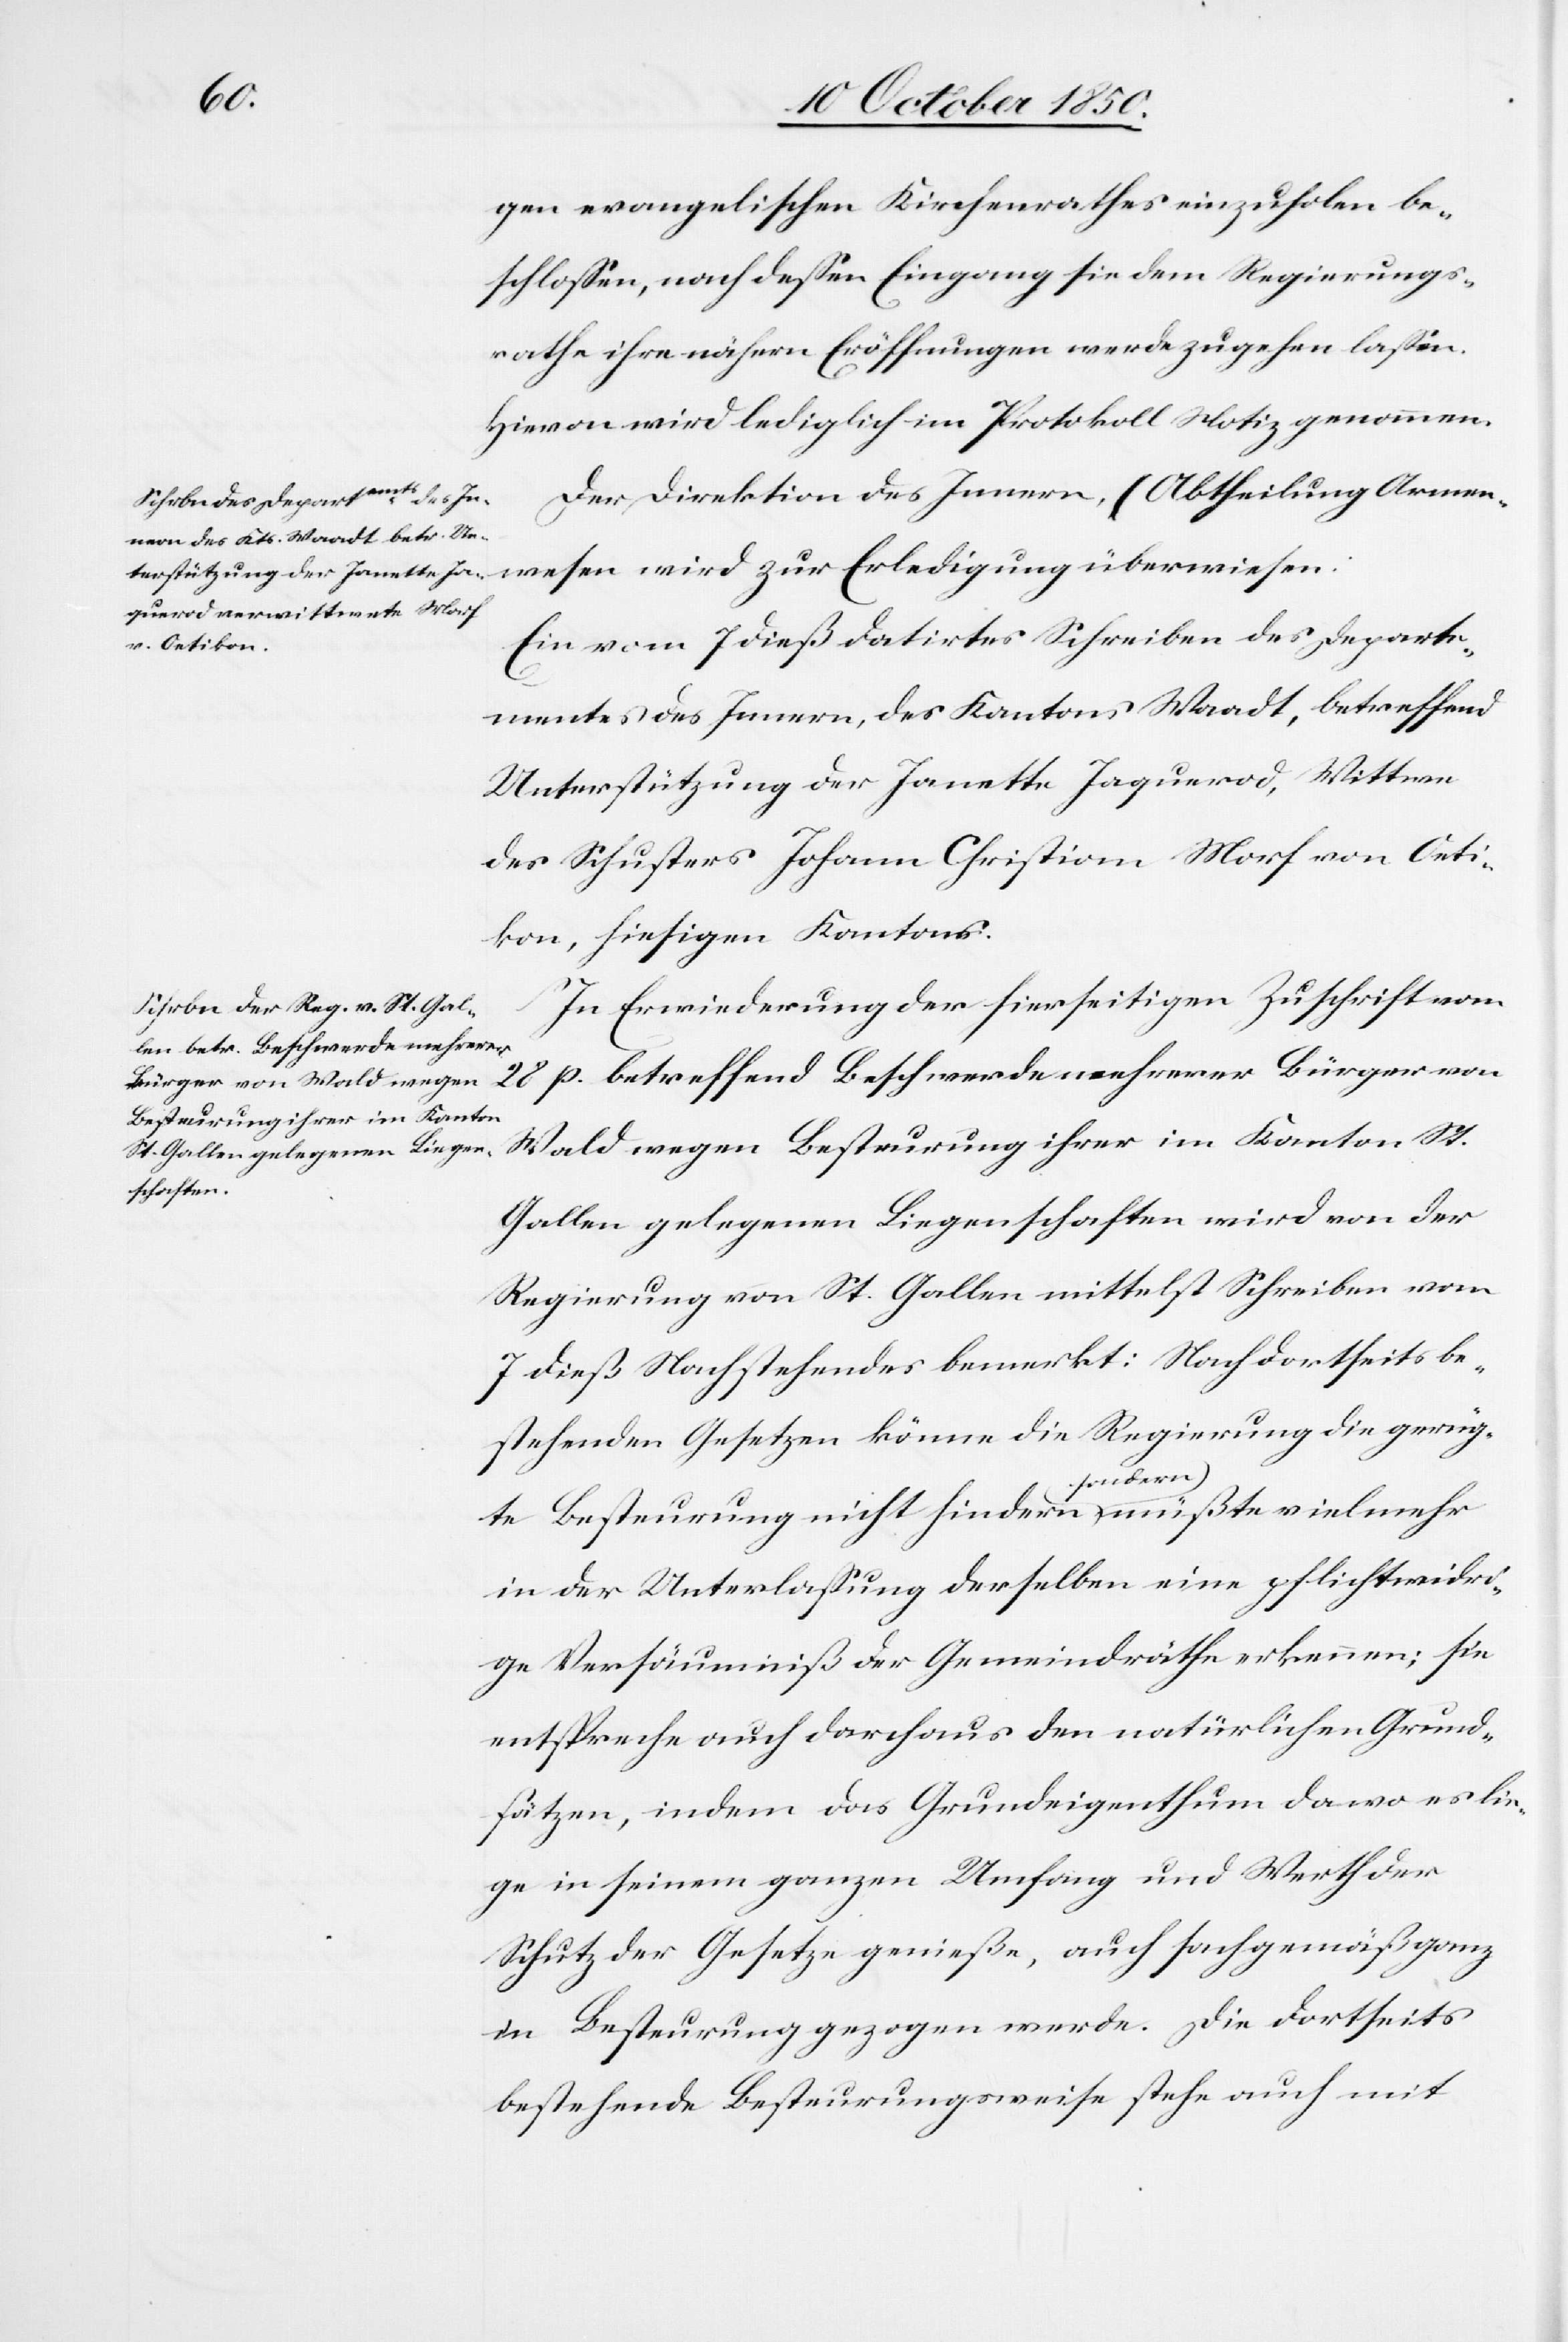
gen evangelischen Kirchenrathes einzuholen be¬
schlossen, nach dessen Eingang sie dem Regierungs¬
rathe ihre nähern Eröffnungen werde zugehen lassen.
Hievon wird lediglich im Protokoll Notiz genommen.
Der Direktion des Innern, (Abtheilung Armen¬
wesen[)] wird zur Erledigung überwiesen.
Ein vom 7 dieß datirtes Schreiben des Departe¬
mentes des Innern, des Kantons Waadt, betreffend
Unterstützung der Janette Jaquarod, Wittwe
des Schusters Johann Christian Morf von Oeti¬
kon, hiesigen Kantons.
In Erwiederung der hierseitigen Zuschrift vom
28 p. betreffend Beschwerde mehrerer Bürger von
Wald wegen Besteurung ihrer im Kanton St.
Gallen gelegenen Liegenschaften wird von der
Regierung von St. Gallen mittelst Schreiben vom
7 dieß Nachstehendes bemerkt: Nach dortseits be¬
stehenden Gesetzen könne die Regierung die gerüg¬
te Besteuerung nicht hindern sondern müßte vielmehr
in der Unterlassung derselben eine pflichtwidri¬
ge Versäumniß der Gemeindräthe erkennen; sie
entspreche auch darchaus [sic!] den natürlichen Grund¬
sätzen, indem das Grundeigenthum da wo es lie¬
ge in seinem ganzen Umfang und Werth der
Schutz der Gesetze genieße, auch sachgemäß ganz
in Besteurung gezogen werde. Die dortseits
bestehende Besteurungsweise stehe auch mit